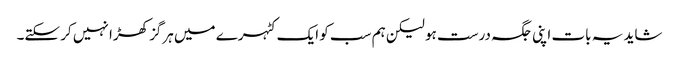
شاید یہ بات اپنی جگہ درست ہو لیکن ہم سب کو ایک کٹہرے میں ہرگز کھڑا نہیں کر سکتے۔